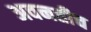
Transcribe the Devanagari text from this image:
अवनतीच